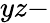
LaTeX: yz-